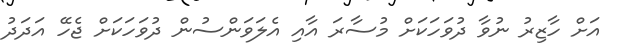
އަށް ހާޒިރު ނުވާ ދުވަހަކަށް މުސާރަ އާއި އެލަވަންސުން ދުވަހަކަށް ޖެހޭ އަދަދު